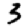
Digit: 3